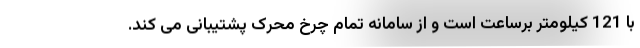
با 121 کیلومتر برساعت است و از سامانه تمام چرخ محرک پشتیبانی می کند.